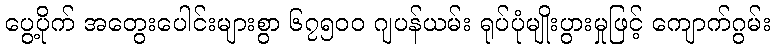
ပွေ့ပိုက် အတွေးပေါင်းများစွာ ၆၇၅၀၀ ဂျပန်ယမ်း ရုပ်ပုံမျိုးပွားမှုဖြင့် ကျောက်ဂွမ်း